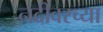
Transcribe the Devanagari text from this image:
नदीवरच्या